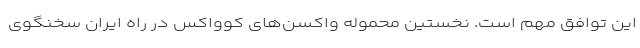
این توافق مهم است. نخستین محموله واکسن‌های کوواکس در راه ایران سخنگوی